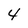
Character: 4